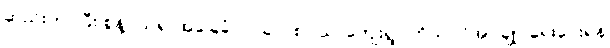
ဆည်းကပ်ပြီး စွန့်ပယ်၍ အခြေခံလုပ်ခလစာ သာကျေးရွာ ကိုယ်ပိုင်အုပ်ချုပ်ရေးပေးရန်